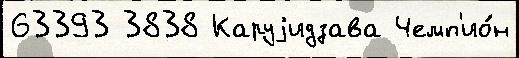
63393 3838 Каруjидзава Чемп'ио́н